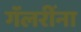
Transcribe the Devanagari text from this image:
गॅलरींना